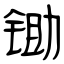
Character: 锄